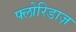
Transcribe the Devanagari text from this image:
फ्लोरिडाज़